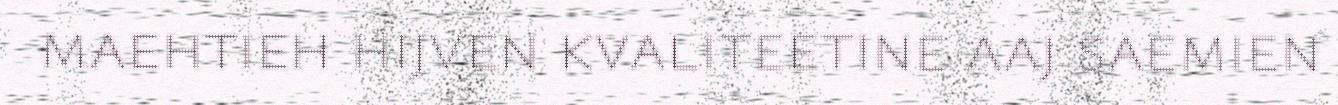
maehtieh hijven kvaliteetine aaj saemien